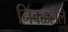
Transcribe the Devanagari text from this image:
निवळलेले